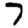
Digit: 7